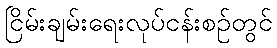
ငြိမ်းချမ်းရေးလုပ်ငန်းစဉ်တွင်